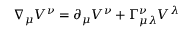
\nabla _ { \mu } V ^ { \nu } = \partial _ { \mu } V ^ { \nu } + \Gamma _ { \mu \lambda } ^ { \nu } V ^ { \lambda }